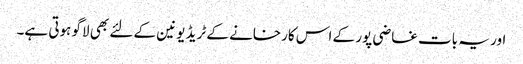
اور یہ بات غاضی پور کے اس کارخانے کے ٹریڈ یونین کے لئے بھی لاگو ہوتی ہے۔